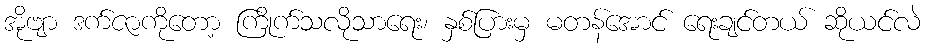
အိုဗျာ ဒက်ဇာကိုတော့ ကြိုက်သလိုသာရေး၊ နှစ်ပြားမှ မတန်အောင် ရေးချင်တယ် ဆိုယင်လဲ